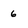
Character: 6